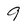
Character: 9